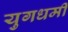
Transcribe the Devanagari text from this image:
युगधर्मी